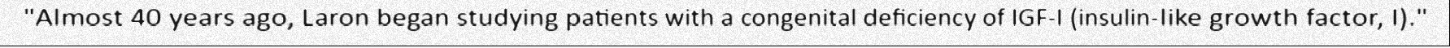
"Almost 40 years ago, Laron began studying patients with a congenital deficiency of IGF-I (insulin-like growth factor, I)."